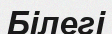
Білегі